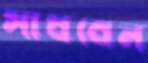
সাধবেন